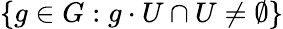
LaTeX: \{ g\in G:g\cdot U\cap U\neq\emptyset\}